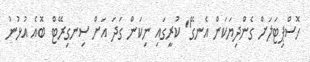
ހޮސްޕިޓަލަށް ގެންދިޔަކަން އެނގޭ" ކުރީގައި ނިކަން ގަދަ އަށް ސިނގިރޭޓް ބޮއެ އުޅުނު